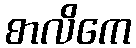
စာလိကေ